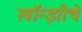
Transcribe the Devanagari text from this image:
स्वॉन्झीचे